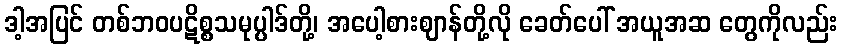
ဒါ့အပြင် တစ်ဘဝပဋိစ္စသမုပ္ပါဒ်တို့၊ အပေါ့စားဈာန်တို့လို ခေတ်ပေါ် အယူအဆ တွေကိုလည်း